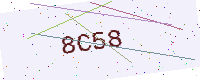
Text: 8C58